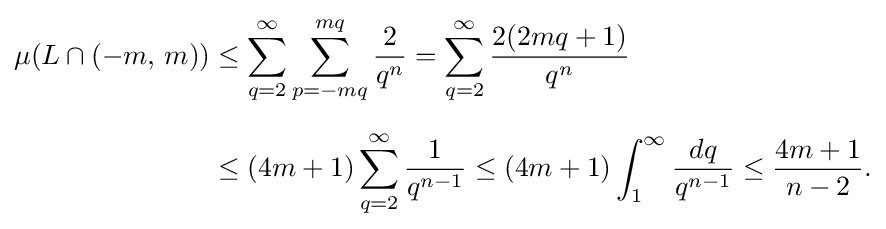
{\begin{aligned}\mu (L\cap (-m,\,m))&\leq \sum _{q=2}^{\infty }\sum _{p=-mq}^{mq}{\frac {2}{q^{n}}}=\sum _{q=2}^{\infty }{\frac {2(2mq+1)}{q^{n}}}\\[6pt]&\leq (4m+1)\sum _{q=2}^{\infty }{\frac {1}{q^{n-1}}}\leq (4m+1)\int _{1}^{\infty }{\frac {dq}{q^{n-1}}}\leq {\frac {4m+1}{n-2}}.\end{aligned}}